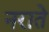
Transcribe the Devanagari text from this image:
नराते